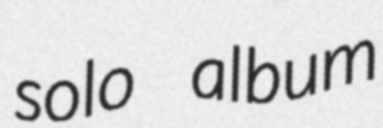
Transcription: solo album